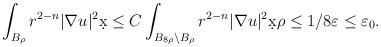
LaTeX: \begin{align*}\int_{B_{\rho}} r^{2-n} |\nabla u|^2 \d x &\leq C \int_{B_{8\rho} \setminus B_{\rho}} r^{2-n} |\nabla u|^2 \d x \rho \leq 1/8 \varepsilon \leq \varepsilon_0.\end{align*}